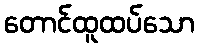
တောင်ထူထပ်သော